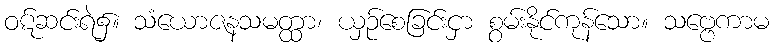
ဝဋ်ဆင်းရဲ၌။ သံယောဇနသမတ္ထာ၊ ယှဉ်စေခြင်းငှာ စွမ်းနိုင်ကုန်သော။ သဗ္ဗေကာမ